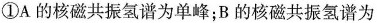
①A的核磁共振氢谱为单峰；B的核磁共振氢谱为